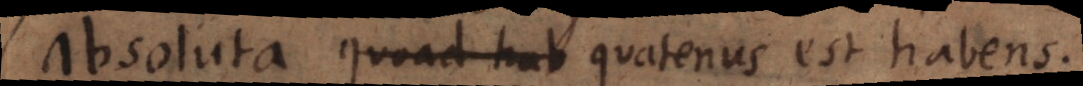
absoluta quoad hab quatenus est habens.